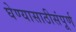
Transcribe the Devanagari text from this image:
घेण्यासाठीसंपूर्ण